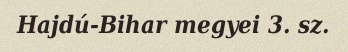
Hajdú-Bihar megyei 3. sz.